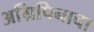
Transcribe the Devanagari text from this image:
अग्रिपिनाचा